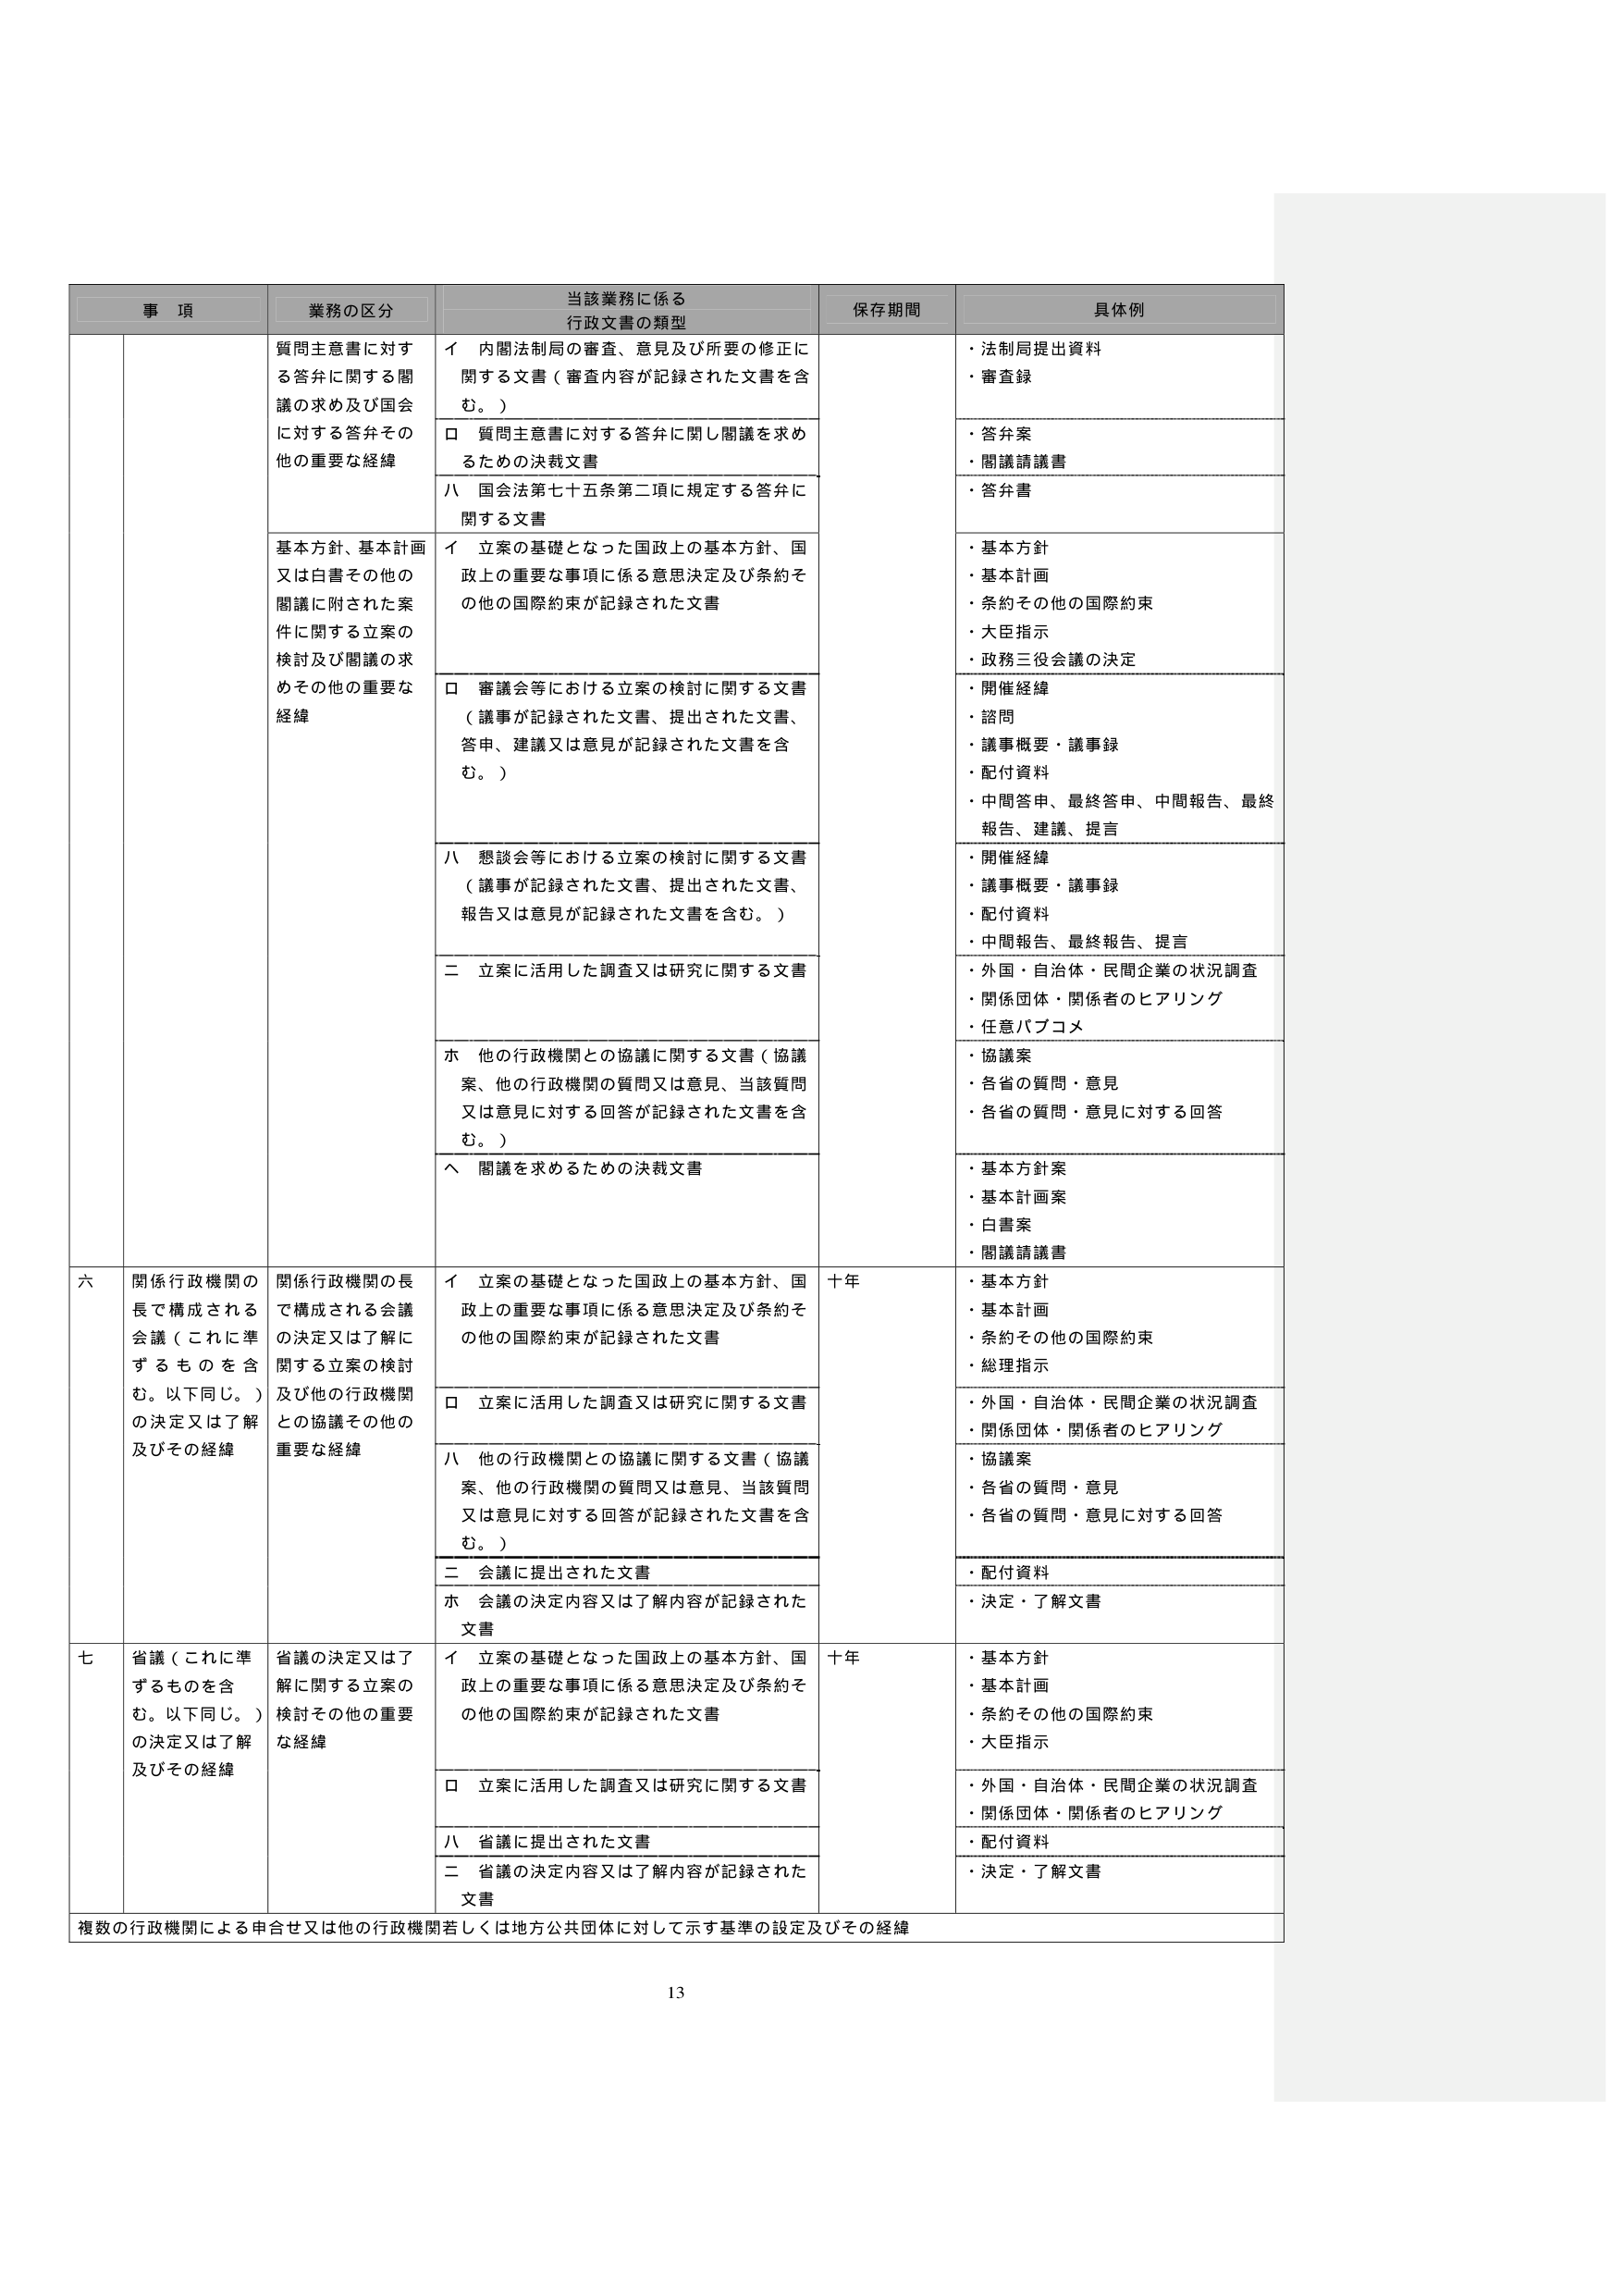
事 項 業務の区分 当該業務に係る 行政文書の類型 保存期間 具体例 質問主意書に対する答弁に関する閣議の求め及び国会に対する答弁その他の重要な経緯 イ 内閣法制局の審査、意見及び所要の修正に関する文書（審査内容が記録された文書を含む。） ・法制局提出資料 ・審査録 ロ 質問主意書に対する答弁に関し閣議を求めるための決裁文書 ・答弁案 ・閣議請議書 ハ 国会法第七十五条第二項に規定する答弁に関する文書 ・答弁書 基本方針、基本計画又は白書その他の閣議に附された案件に関する立案の検討及び閣議の求めその他の重要な経緯 イ 立案の基礎となった国政上の基本方針、国政上の重要な事項に係る意思決定及び条約その他の国際約束が記録された文書 ・基本方針 ・基本計画 ・条約その他の国際約束 ・大臣指示 ・政務三役会議の決定 ロ 審議会等における立案の検討に関する文書（議事が記録された文書、提出された文書、答申、建議又は意見が記録された文書を含む。） ・開催経緯 ・諮問 ・議事概要・議事録 ・配付資料 ・中間答申、最終答申、中間報告、最終報告、建議、提言 ハ 懇談会等における立案の検討に関する文書（議事が記録された文書、提出された文書、報告又は意見が記録された文書を含む。） ・開催経緯 ・議事概要・議事録 ・配付資料 ・中間報告、最終報告、提言 二 立案に活用した調査又は研究に関する文書 ・外国・自治体・民間企業の状況調査 ・関係団体・関係者のヒアリング ・任意パブコメ ホ 他の行政機関との協議に関する文書（協議案、他の行政機関の質問又は意見、当該質問又は意見に対する回答が記録された文書を含む。） ・協議案 ・各省の質問・意見 ・各省の質問・意見に対する回答 ヘ 閣議を求めるための決裁文書 ・基本方針案 ・基本計画案 ・白書案 ・閣議請議書 六 関係行政機関の長で構成される会議（これに準ずるものを含む。以下同じ。）の決定又は了解及びその経緯 関係行政機関の長で構成される会議の決定又は了解に関する立案の検討及び他の行政機関との協議その他の重要な経緯 イ 立案の基礎となった国政上の基本方針、国政上の重要な事項に係る意思決定及び条約その他の国際約束が記録された文書 十年 ・基本方針 ・基本計画 ・条約その他の国際約束 ・総理指示 ロ 立案に活用した調査又は研究に関する文書 ・外国・自治体・民間企業の状況調査 ・関係団体・関係者のヒアリング ハ 他の行政機関との協議に関する文書（協議案、他の行政機関の質問又は意見、当該質問又は意見に対する回答が記録された文書を含む。） ・協議案 ・各省の質問・意見 ・各省の質問・意見に対する回答 二 会議に提出された文書 ・配付資料 ホ 会議の決定内容又は了解内容が記録された文書 ・決定・了解文書 七 省議（これに準ずるものを含む。以下同じ。）の決定又は了解及びその経緯 省議の決定又は了解に関する立案の検討その他の重要な経緯 イ 立案の基礎となった国政上の基本方針、国政上の重要な事項に係る意思決定及び条約その他の国際約束が記録された文書 十年 ・基本方針 ・基本計画 ・条約その他の国際約束 ・大臣指示 ロ 立案に活用した調査又は研究に関する文書 ・外国・自治体・民間企業の状況調査 ・関係団体・関係者のヒアリング ハ 省議に提出された文書 ・配付資料 二 省議の決定内容又は了解内容が記録された文書 ・決定・了解文書 複数の行政機関による申合せ又は他の行政機関若しくは地方公共団体に対して示す基準の設定及びその経緯 13